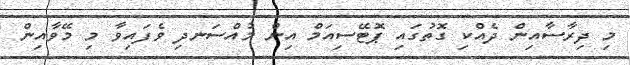
މި ދިރާސާއިން ދެއްކި ގޮތުގައި ޕޮޓޭސިއަމް އިން މުއްސަނދި ވެފައިވާ މި މޭވާއިން